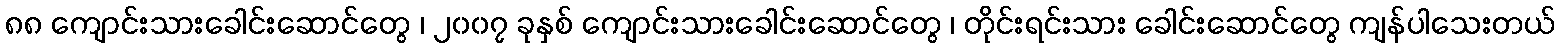
၈၈ ကျောင်းသားခေါင်းဆောင်တွေ ၊ ၂၀၀၇ ခုနှစ် ကျောင်းသားခေါင်းဆောင်တွေ ၊ တိုင်းရင်းသား ခေါင်းဆောင်တွေ ကျန်ပါသေးတယ်